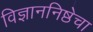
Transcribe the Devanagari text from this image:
विज्ञाननिष्ठेचा